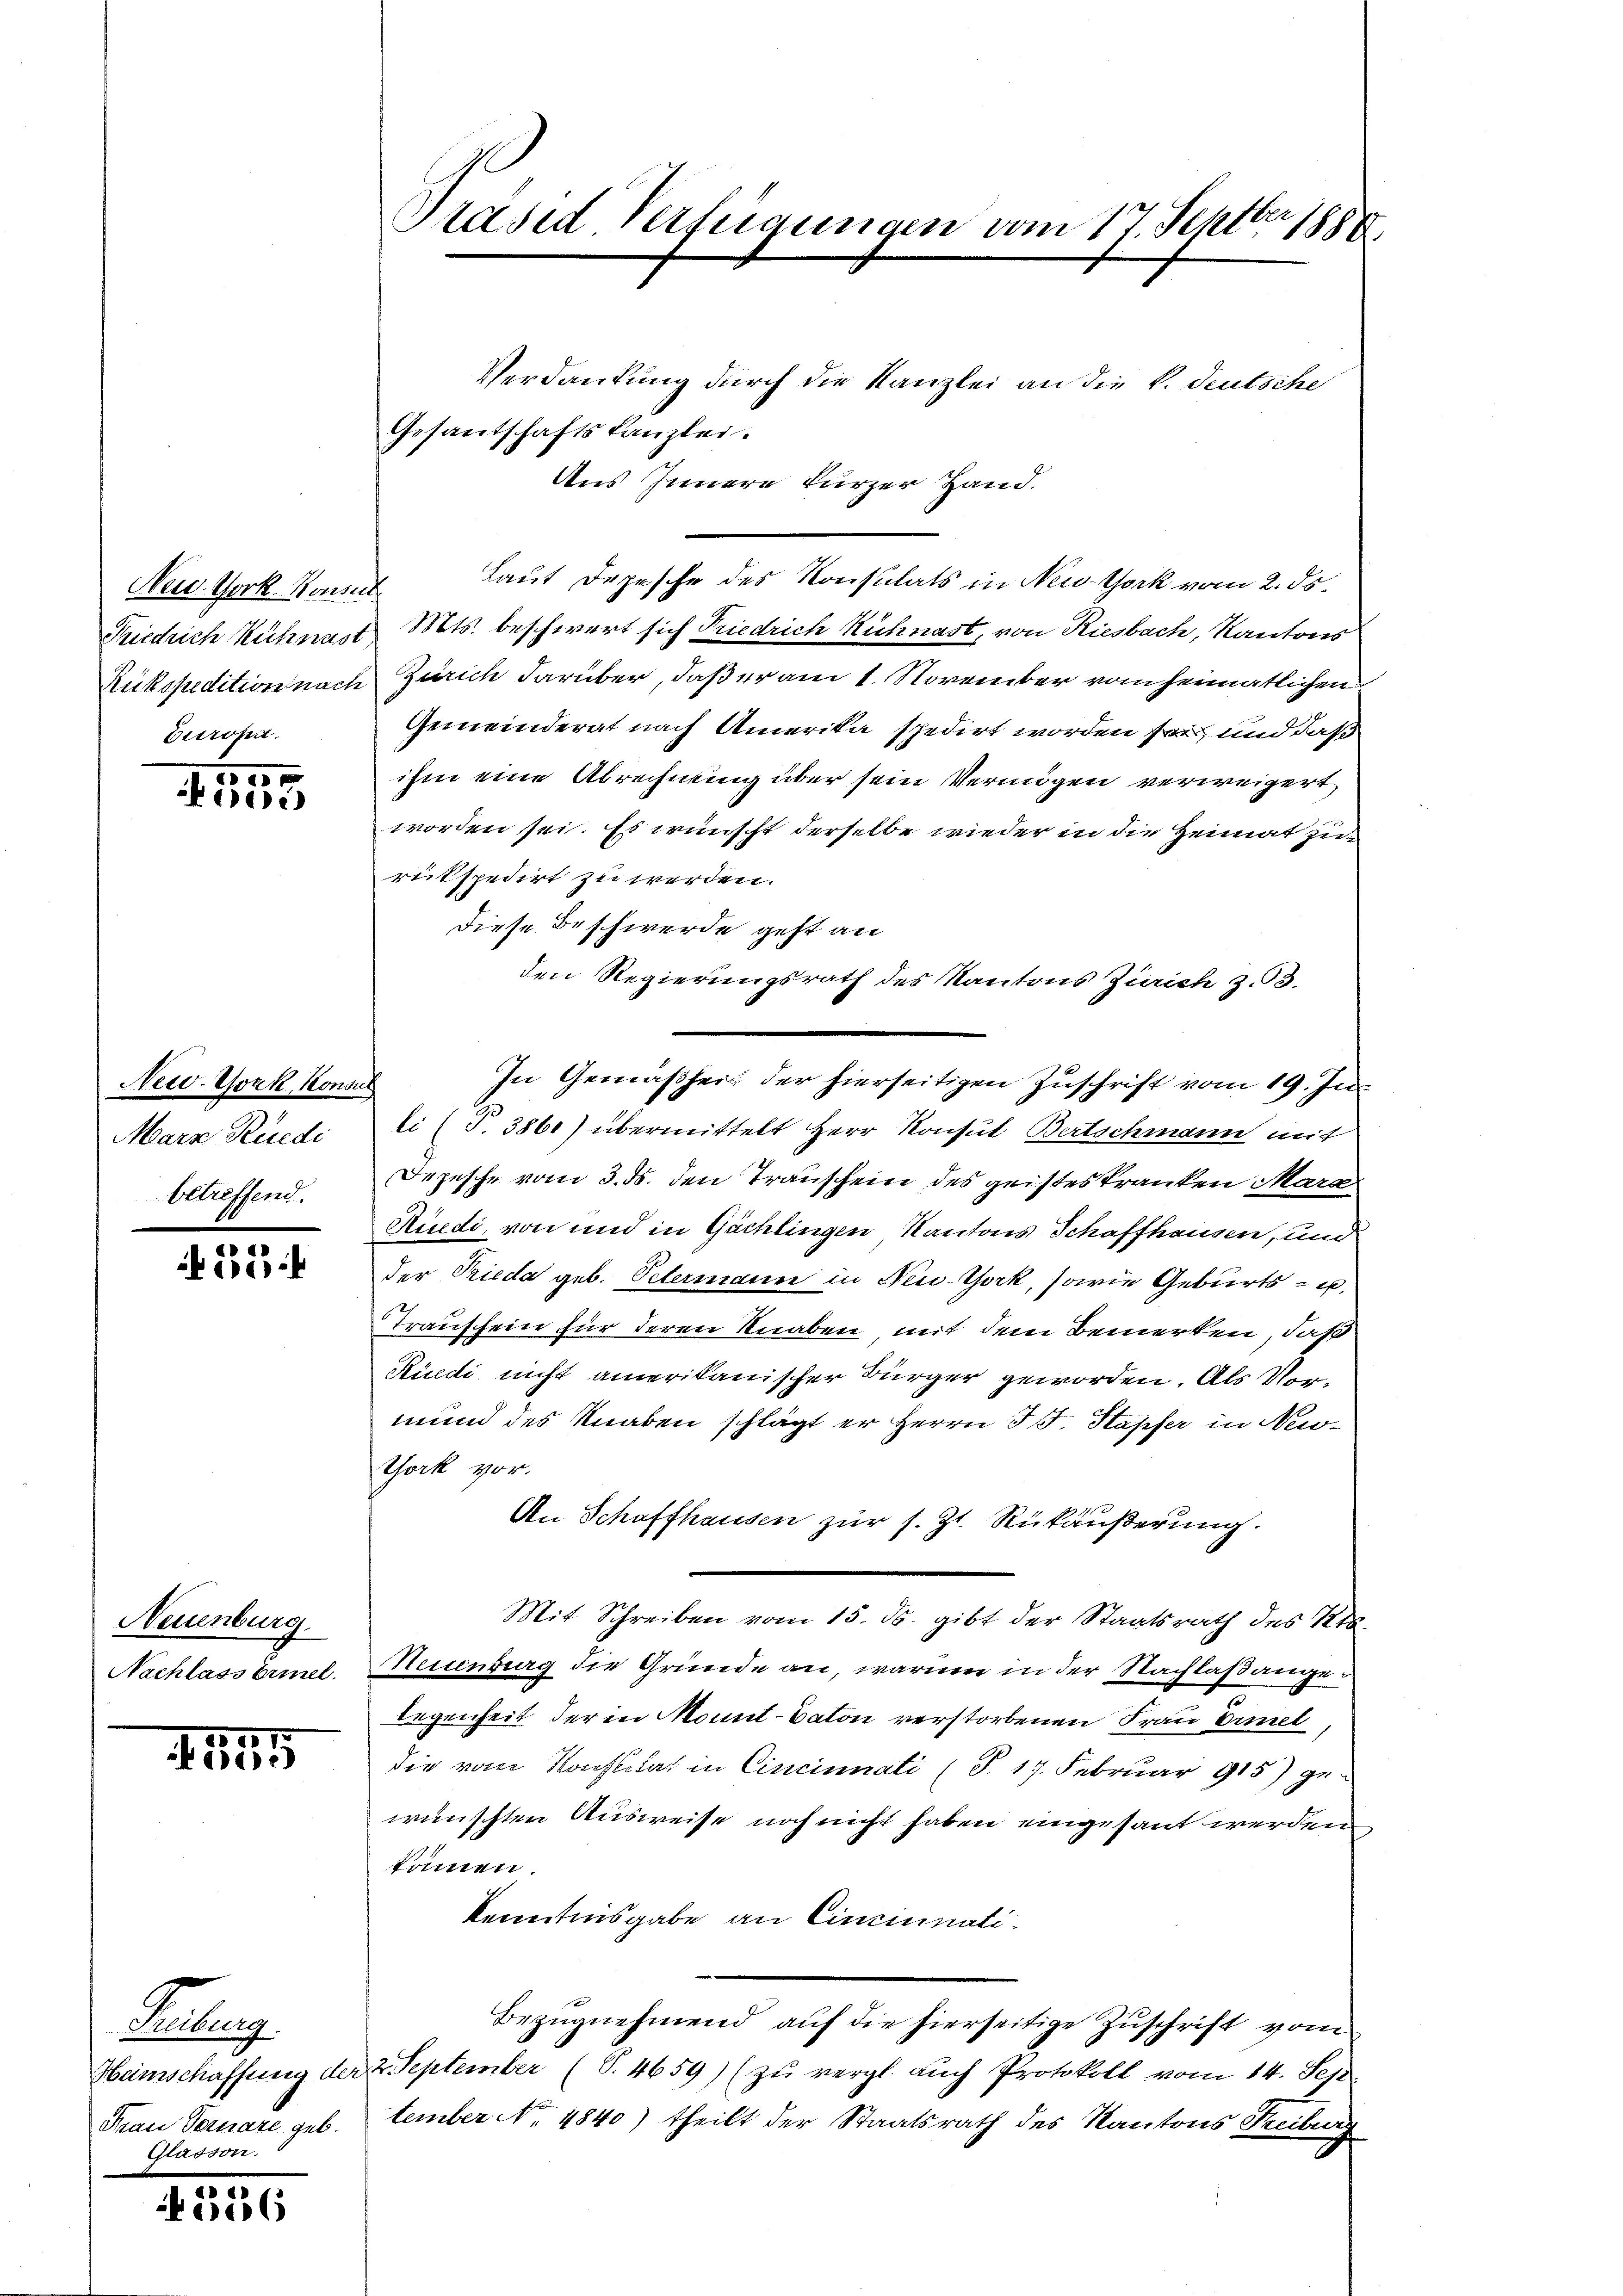
New York Konsul
Friedrich Ruchnast
Rükspedition nach
Citrona

0
 355

New-York, Konsur
Marz Riede
betreffend.

if. 531

Neuenburg
Nachlass briel

.545

Lung
Frau Vernare geb.

21

Präsid Verfügungen vom 17. Septbr 1888.

Verdankung durch die Kanzlei an die V. Deutsche
Gesantschaftskanzlei.
Aus Innere kurzer Hand.
Laut Depesche des Konsulats in New-York vom 2. ds.
Mts. beschwert sich Friedrich Rühnast, von Riesbach, Kantons
Zürich darüber, daß er am 1. November vom heimatlichen
Gemeinderat nach Amerika spedirt worden sei und daß
ihm eine Abrechnung über sein Vermögen verweigert,
worden sei. Es wünscht derselbe wieder in die Heimat zurütspedirt zu werden.
diese Beschwerde geht an
den Regierungsrath des Kantons Zürich z. 3.
In Gemäßheit der hierseitigen Zuschrift vom 19. Ju
li (T.386) übermittelt Herr Konsul Bertschmann mit
Depesche vom 3. ds. den Trauschein des geisteskranken Mara
Rüedi, von und in Gächlingen, Kantons Schaffhausen, und
der Frieda geb. Petermann in New-York, sowie Geburts- u
Trauschein für deren Knaben mit dem Bemerken, daß
Rüedi nicht amerikanischer Bürger geworden. Als Vormund des Knaben schlägt er Herrn J. Stapfer in New-
York vor.
An Schaffhausen zur s. Zt. Rükäußerung.
Mit Schreiben vom 15. ds. gibt der Staatsrath des Kts.
Neuenburg die Gründe an, warum in der Nachlaßange
legenheit der in Monnt-Caton verstorbenen Frau Drinel
die vom Konstitat in Cincinati (S. 17. Februar 915) gewünschten Ausweise noch nicht haben eingesant werden
können.
kenntnisgabe an Cincinati¬
Bezŭgnehmend auf die hierseitige Zuschrift vom
Hamschaffung der 2. September (S. 4659) (zu vergl. auch Protokoll vom 14. Sep
tember No. 4840) theilt der Staatsrath des Kantons Treiburg